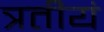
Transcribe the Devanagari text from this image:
त्रतीयं